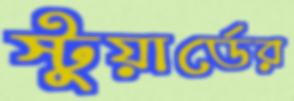
স্টুয়ার্ডের